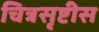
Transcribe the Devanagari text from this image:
चित्रसृष्टीस